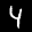
Label: 4